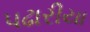
પઢારીયા